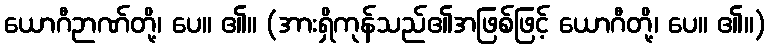
ယောဂီဉာဏ်တို့၊ ပေ။ ၏။ (အားရှိကုန်သည်၏အဖြစ်ဖြင့် ယောဂီတို့၊ ပေ။ ၏။)